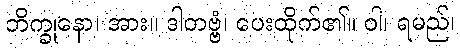
ဘိက္ခုနော၊ အား။ ဒါတဗ္ဗံ၊ ပေးထိုက်၏။ ဝါ၊ ရမည်၊